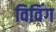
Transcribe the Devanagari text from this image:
विविंग